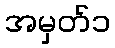
အမှတ်၁